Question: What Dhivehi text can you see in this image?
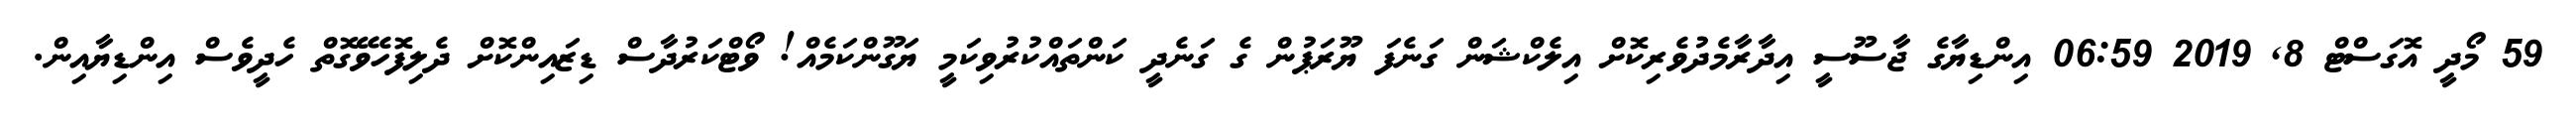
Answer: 59 މޯދީ އޮގަސްޓް 8, 2019 06:59 އިންޑިޔާގެ ޖާސޫސީ އިދާރާމެދުވެރިކޮށް އިލެކްޝަން ގަނެފަ ޔޫރަޕުން ގެ ގަނެދީ ކަންތައްކުރުވިކަމީ ޔަގޫންކަމެއް! ވޯޓްކަރުދާސް ޑިޒައިންކޮށް ދެލިފޮހެވޭގޮތް ހެދީވެސް އިންޑިޔާއިން.